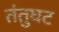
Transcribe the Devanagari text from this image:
तंतुघट